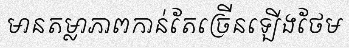
មានតម្លាភាពកាន់តែច្រើនឡើងថែម